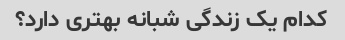
کدام یک زندگی شبانه بهتری دارد؟